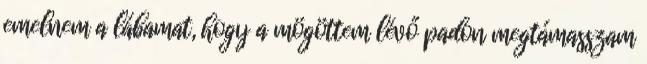
emelnem a lábamat, hogy a mögöttem lévő padon megtámasszam